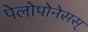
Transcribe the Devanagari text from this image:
पेलोपोनेसस्